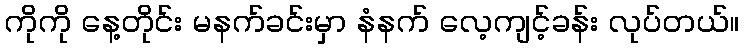
ကိုကို နေ့တိုင်း မနက်ခင်းမှာ နံနက် လေ့ကျင့်ခန်း လုပ်တယ်။